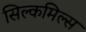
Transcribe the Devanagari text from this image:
सिल्कमिल्स